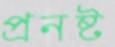
প্রনষ্ট